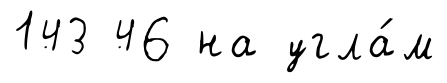
143 46 на угла́м